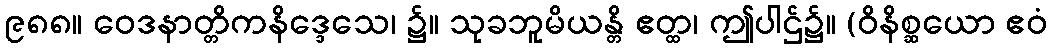
၉၈၈။ ဝေဒနာတ္တိကနိဒ္ဒေသေ၊ ၌။ သုခဘူမိယန္တိ ဧတ္ထ၊ ဤပါဌ်၌။ (ဝိနိစ္ဆယော ဧဝံ